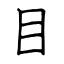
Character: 目